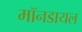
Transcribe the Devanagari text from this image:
मॉनडायल